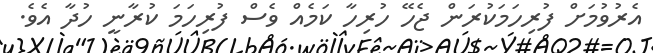
އެރުވުމަށް ފުރިހަމަކުރަން ޖެހޭ ހުރިހާ ކަމެއް ވެސް ފުރިހަމަ ކުރާނީ ހުދާ އެވެ.